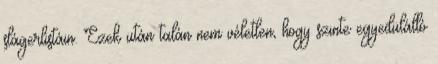
slágerlistáin. Ezek után talán nem véletlen, hogy szinte egyedülálló